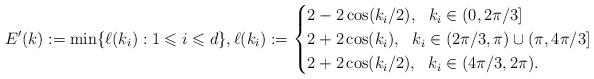
LaTeX: \begin{align*}E'(k) := \min \{ \ell(k_i) : 1\leqslant i \leqslant d \}, \ell(k_i) := \begin{cases}2-2\cos(k_i/2), \ \ k_i \in (0,2\pi/3] \\2+2\cos(k_i), \ \ k_i \in (2\pi/3, \pi) \cup (\pi, 4\pi/3]\\2+2\cos(k_i/2), \ \ k_i \in (4\pi/3,2\pi). \end{cases}\end{align*}